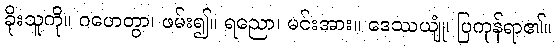
ခိုးသူကို။ ဂဟေတွာ၊ ဖမ်း၍။ ရညော၊ မင်းအား။ ဒေဿယျုံ၊ ပြကုန်ရာ၏။